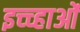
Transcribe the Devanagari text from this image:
इच्च्हाओं